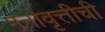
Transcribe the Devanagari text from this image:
मनोवृत्तीची